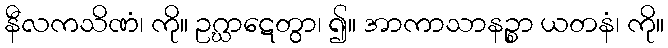
နီလကသိဏံ၊ ကို။ ဥဂ္ဃာဋေတွာ၊ ၍။ အာကာသာနဉ္စာ ယတနံ၊ ကို။